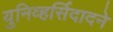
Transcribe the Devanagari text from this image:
युनिव्हर्सिदादने